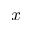
{ x }